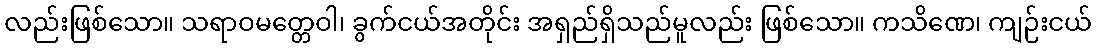
လည်းဖြစ်သော။ သရာဝမတ္တေဝါ၊ ခွက်ငယ်အတိုင်း အရှည်ရှိသည်မူလည်း ဖြစ်သော။ ကသိဏေ၊ ကျဉ်းငယ်